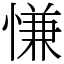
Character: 慊